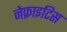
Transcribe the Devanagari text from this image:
नेफ्राइटिस